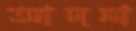
আদনা